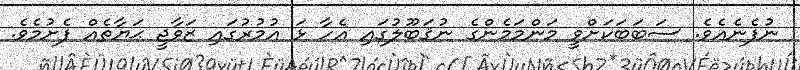
ނުފެނެއެވެ. ސަބަބަކަށްވީ މަންމަމެންގެ ނުޤަބޫލުގައި އެހާ ޅަ އުމުރުގައި ޒަވާޖީ ޙަޔާތެއް ފެށުމެވެ.